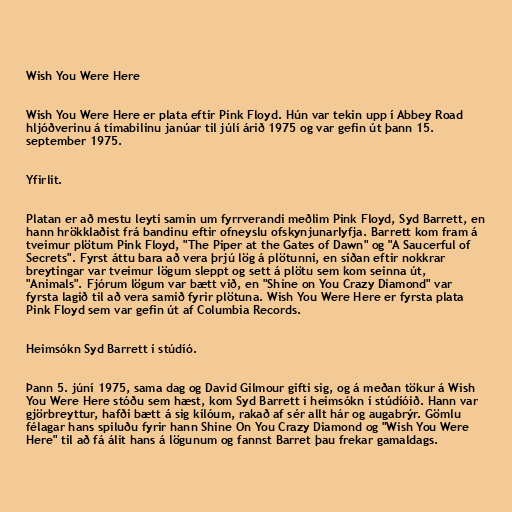
Wish You Were Here

Wish You Were Here er plata eftir Pink Floyd. Hún var tekin upp í Abbey Road
hljóðverinu á tímabilinu janúar til júlí árið 1975 og var gefin út þann 15.
september 1975.

Yfirlit.

Platan er að mestu leyti samin um fyrrverandi meðlim Pink Floyd, Syd Barrett, en
hann hrökklaðist frá bandinu eftir ofneyslu ofskynjunarlyfja. Barrett kom fram á
tveimur plötum Pink Floyd, "The Piper at the Gates of Dawn" og "A Saucerful of
Secrets". Fyrst áttu bara að vera þrjú lög á plötunni, en síðan eftir nokkrar
breytingar var tveimur lögum sleppt og sett á plötu sem kom seinna út,
"Animals". Fjórum lögum var bætt við, en "Shine on You Crazy Diamond" var
fyrsta lagið til að vera samið fyrir plötuna. Wish You Were Here er fyrsta plata
Pink Floyd sem var gefin út af Columbia Records.

Heimsókn Syd Barrett í stúdíó.

Þann 5. júní 1975, sama dag og David Gilmour gifti sig, og á meðan tökur á Wish
You Were Here stóðu sem hæst, kom Syd Barrett í heimsókn í stúdíóið. Hann var
gjörbreyttur, hafði bætt á sig kílóum, rakað af sér allt hár og augabrýr. Gömlu
félagar hans spiluðu fyrir hann Shine On You Crazy Diamond og "Wish You Were
Here" til að fá álit hans á lögunum og fannst Barret þau frekar gamaldags.